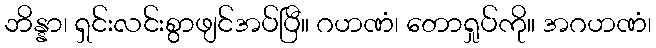
ဘိန္နာ၊ ရှင်းလင်းစွာဖျင်အပ်ပြီ။ ဂဟဏံ၊ တောရှုပ်ကို။ အဂဟဏံ၊